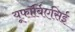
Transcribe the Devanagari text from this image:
यूफॉर्बिएसिई